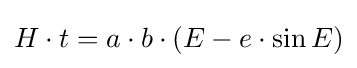
H\cdot t=a\cdot b\cdot (E-e\cdot \sin E)